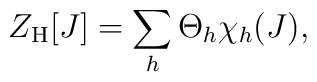
Z_{\rm H}[J]= \sum_h \Theta_h \chi_h(J),